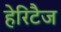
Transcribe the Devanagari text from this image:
हेरिटैज